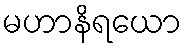
မဟာနိရယော